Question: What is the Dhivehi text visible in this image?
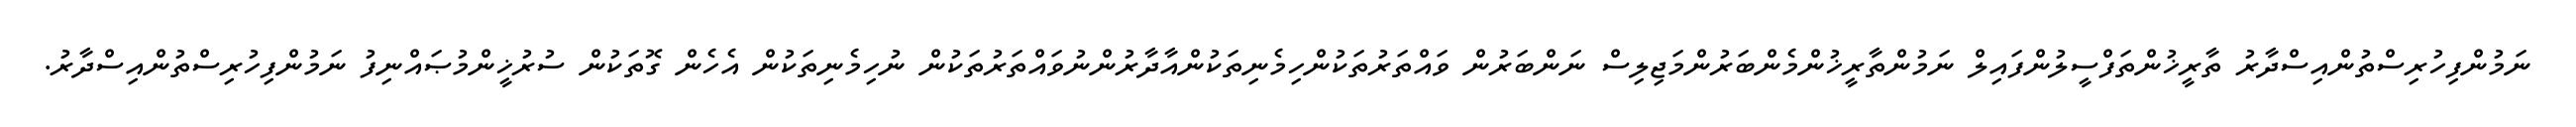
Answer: ނަމުންފިހުރިސްތުންއިސްދާރު ތާރީޚުންތަފްސީލުންފައިލް ނަމުންތާރީޚުންމެންބަރުންމަޖިލިސް ނަންބަރުން ވައްތަރުތަކުންހިމެނިތަކުންއާދާރުންނުވައްތަރުތަކުން ނުހިމެނިތަކުން އެހެން ގޮތަކުން ސުރުޚީންމުޞައްނިފު ނަމުންފިހުރިސްތުންއިސްދާރު.